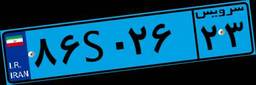
۶۶S۶۰۵۳۲